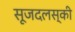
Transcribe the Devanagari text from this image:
सूजदलस्की